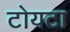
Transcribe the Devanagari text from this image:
टोयटा